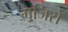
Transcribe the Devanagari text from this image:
मजिरो